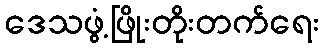
ဒေသဖွံ့ဖြိုးတိုးတက်ရေး